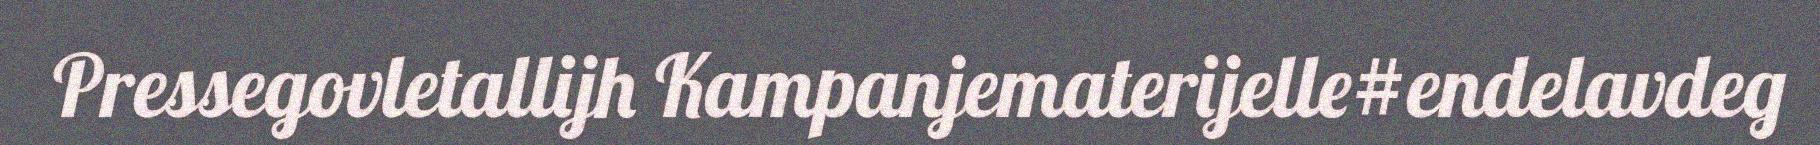
Pressegovletallijh Kampanjematerijelle#endelavdeg